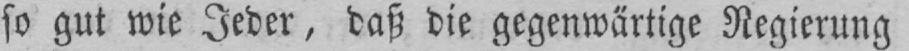
so gut wie Jeder, daß die gegenwärtige Regierung